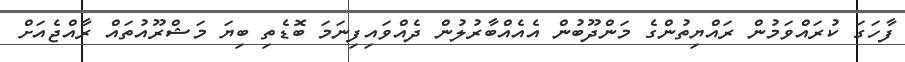
ފާހަގަ ކުރައްވަމުން ރައްޔިތުންގެ މަންދޫބުން އެއެއްބާރުލުން ދެއްވައިފިނަމަ ބޮޑެތި ބިޔަ މަޝްރޫއުތައް ރާއްޖެއަށް